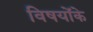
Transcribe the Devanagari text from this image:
विषयोंके